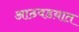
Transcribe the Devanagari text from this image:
आठवडय़ात